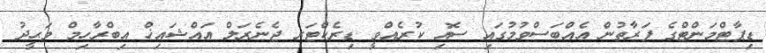
ޑިޕާޓްމަންޓްގެ ފަރާތުން އެއްބަސްވުމުގައި ސޮއި ކުރެއްވީ ޑިރެކްޓަރ ޖެނެރަލް އައްޝައިޚް އިބްރާހިމް ވަޙީދު